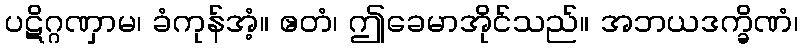
ပဋိဂ္ဂဏှာမ၊ ခံကုန်အံ့။ ဧတံ၊ ဤခေမာအိုင်သည်။ အဘယဒက္ခိဏံ၊